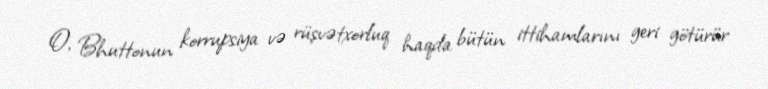
O, Bhuttonun korrupsiya və rüşvətxorluq haqda bütün ittihamlarını geri götürür